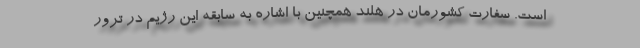
است. سفارت کشورمان در هلند همچنین با اشاره به سابقه این رژیم در ترور